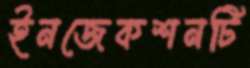
ইনজেকশনটি